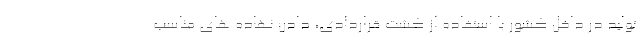
تولید در داخل کشور با استفاده از کشت قراردادی، دادن نهاده های مناسب